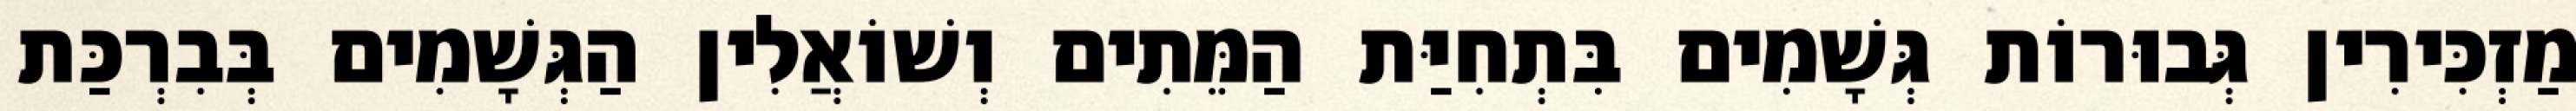
מַזְכִּירִין גְּבוּרוֹת גְּשָׁמִים בִּתְחִיַּת הַמֵּתִים וְשׁוֹאֲלִין הַגְּשָׁמִים בְּבִרְכַּת